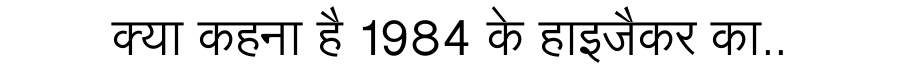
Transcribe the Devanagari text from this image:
क्या कहना है 1984 के हाइजैकर का..